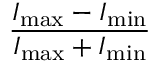
\frac { I _ { \mathrm { m a x } } - I _ { \mathrm { m i n } } } { I _ { \mathrm { m a x } } + I _ { \mathrm { m i n } } }